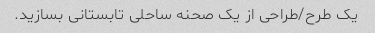
یک طرح/طراحی از یک صحنه ساحلی تابستانی بسازید.